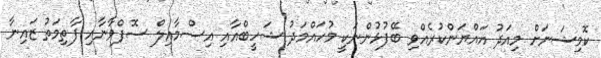
ކޮމިޝަނަށް މިއަދު އައްޔަންކުރެއްވި ބޭފުޅުންނަކީ މުހައްމަދު ޝަހީބްއާއި އިސްމާއިލް ސޮފްވާނާއި ފާތިމަތު ޒައިނާ